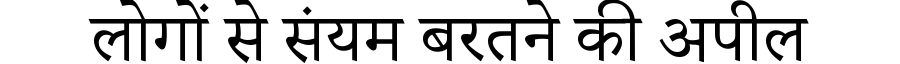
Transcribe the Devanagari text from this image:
लोगों से संयम बरतने की अपील